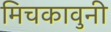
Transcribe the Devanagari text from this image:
मिचकावुनी